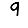
Digit: 9